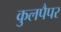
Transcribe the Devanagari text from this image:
कुलपैपर